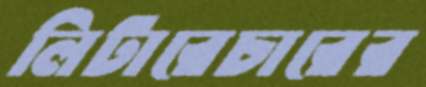
লিটারেচারের